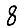
Digit: 8